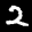
Label: 2